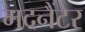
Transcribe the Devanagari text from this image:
मदनैंटेर